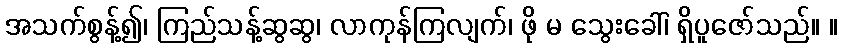
အသက်စွန့်၍၊ ကြည်သန့်ဆွဆွ၊ လာကုန်ကြလျက်၊ ဖို မ သွေးခေါ်၊ ရှိပူဇော်သည်။ ။